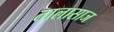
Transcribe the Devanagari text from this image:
तालासाज